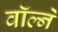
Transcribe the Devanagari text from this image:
वॉल्ने